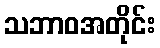
သဘာဝအတိုင်း